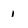
Character: 1